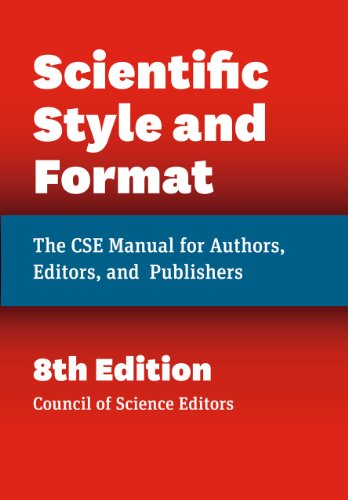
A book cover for Scientific Style and Format: The CSE Manual for Authors, Editors, and Publishers, Eighth Edition; Council of Science Editors; Science & Math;